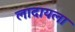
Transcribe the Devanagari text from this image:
लादायला